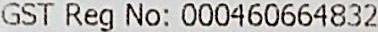
GST REG NO: 000460664832